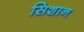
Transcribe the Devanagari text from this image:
सिशान